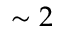
\sim 2